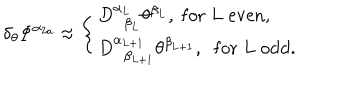
LaTeX: \delta _ { \theta } \Phi ^ { \alpha _ { 2 a } } \approx \left\{ \begin{array} { l } { { D _ { \; \; \beta _ { L } } ^ { \alpha _ { L } } \theta ^ { \beta _ { L } } , \; \mathrm { f o r } \; L \; \mathrm { e v e n } , } } \\ { { D _ { \; \; \beta _ { L + 1 } } ^ { \alpha _ { L + 1 } } \theta ^ { \beta _ { L + 1 } } , \; \; \mathrm { f o r } \; L \; \mathrm { o d d } . } } \\ \end{array} \right.